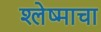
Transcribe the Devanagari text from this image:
श्लेष्माचा